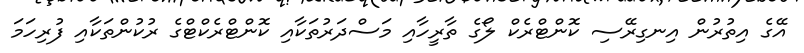
އޭގެ އިތުުރުން އިނގިރޭސި ކޮންޓްރެކް ލޯގެ ތާރީހާއި މަސްދަރުތަކާއި ކޮންޓްރެކްޓްގެ ރުކުންތަކާއި ފުރިހަމަ